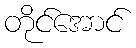
တိုင်အောင်